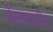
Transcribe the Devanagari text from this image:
डेखाकडील